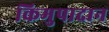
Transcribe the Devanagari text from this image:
किमुपादान